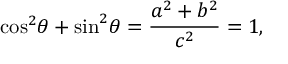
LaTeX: { \cos } ^ { 2 } \theta + { \sin } ^ { 2 } \theta = { \frac { a ^ { 2 } + b ^ { 2 } } { c ^ { 2 } } } = 1 ,